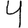
Digit: 4